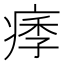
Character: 痵